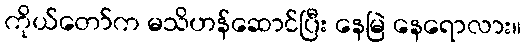
ကိုယ်တော်က မသိဟန်ဆောင်ပြီး နေမြဲ နေရောလား။